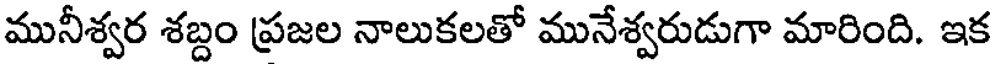
మునీశ్వర శబ్దం ప్రజల నాలుకలతో మునేశ్వరుడుగా మారింది. ఇక